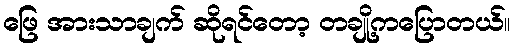
ဖြေ အားသာချက် ဆိုရင်တော့ တချို့ကပြောတယ်။